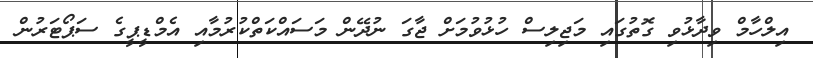
އިލްހާމް ވިދާޅުވި ގޮތުގައި މަޖިލިސް ހުޅުވުމަށް ޖާގަ ނުދޭން މަސައްކަތްކުރުމާއި އެމްޑީޕީގެ ސަޕޯޓަރުން